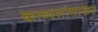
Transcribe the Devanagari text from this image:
काव्यशोभाकर